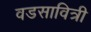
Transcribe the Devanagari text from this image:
वडसावित्री